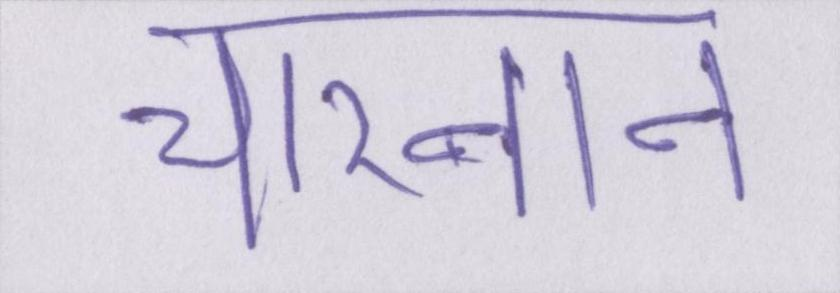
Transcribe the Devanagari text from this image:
चारनान